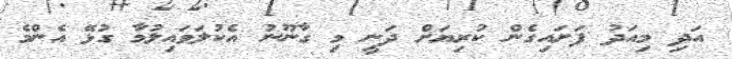
އަދި މިއަދު ފަށައިގެން ކުރިޔަށް ދަނީ މި ގާނޫނު އެކުލަވައިލުމާ ގުޅޭ އެންމެ